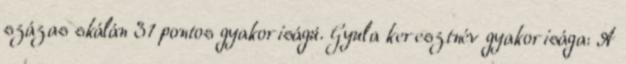
százas skálán 31 pontos gyakoriságú. Gyula keresztnév gyakorisága: A